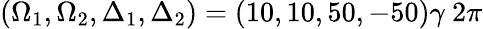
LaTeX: (\Omega_{1},\Omega_{2},\Delta_{1},\Delta_{2})=(10,10,50,-50)\gamma~2\pi